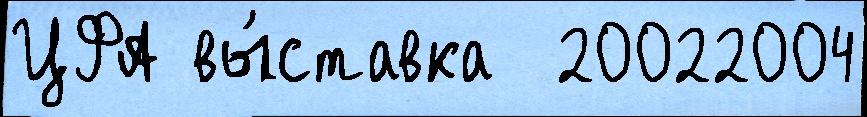
ЦФА вы́ставка  20022004